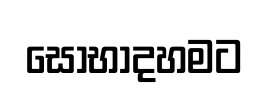
සොභාදහමට